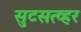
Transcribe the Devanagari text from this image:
सुटसत्व्हर